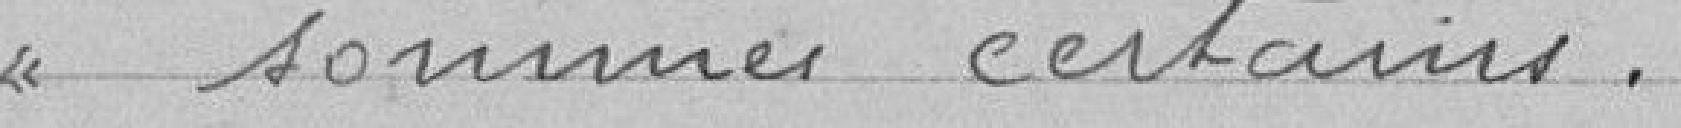
sommes certains.